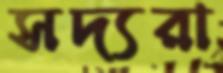
সদ্যরা